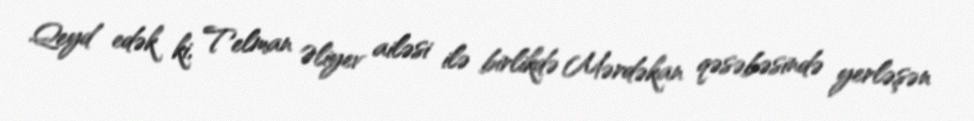
Qeyd edək ki, Telman Əliyev ailəsi ilə birlikdə Mərdəkan qəsəbəsində yerləşən